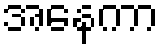
အနေကာ